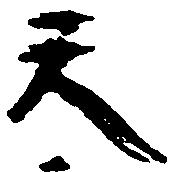
天